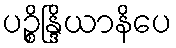
ပဉ္စိန္ဒြိယာနိပေ